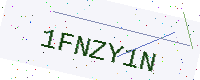
Text: 1FNZY1N